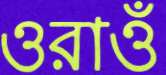
ওরাওঁ